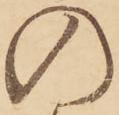
の